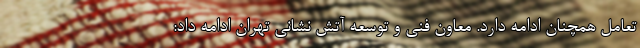
تعامل همچنان ادامه دارد. معاون فنی و توسعه آتش نشانی تهران ادامه داد: